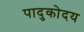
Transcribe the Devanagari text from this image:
पादुकोदय